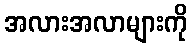
အလားအလာများကို